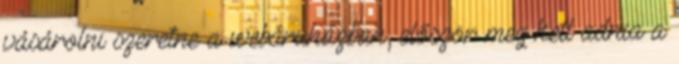
vásárolni szeretne a webáruházban, először meg kell adnia a